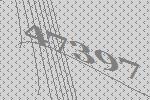
47397